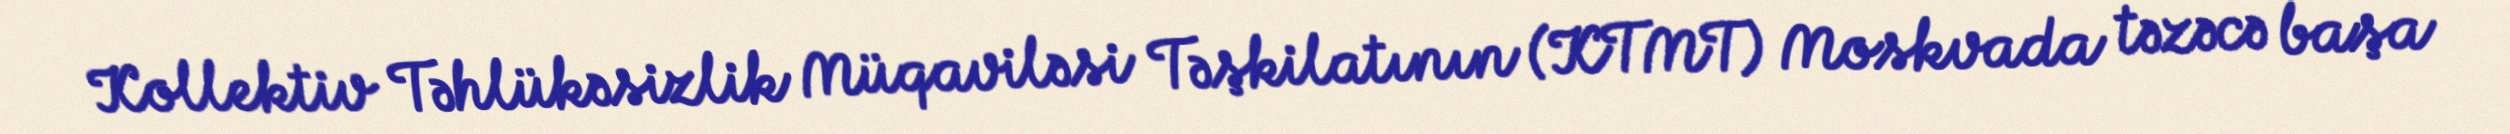
Kollektiv Təhlükəsizlik Müqaviləsi Təşkilatının (KTMT) Moskvada təzəcə başa